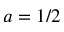
a = 1 / 2